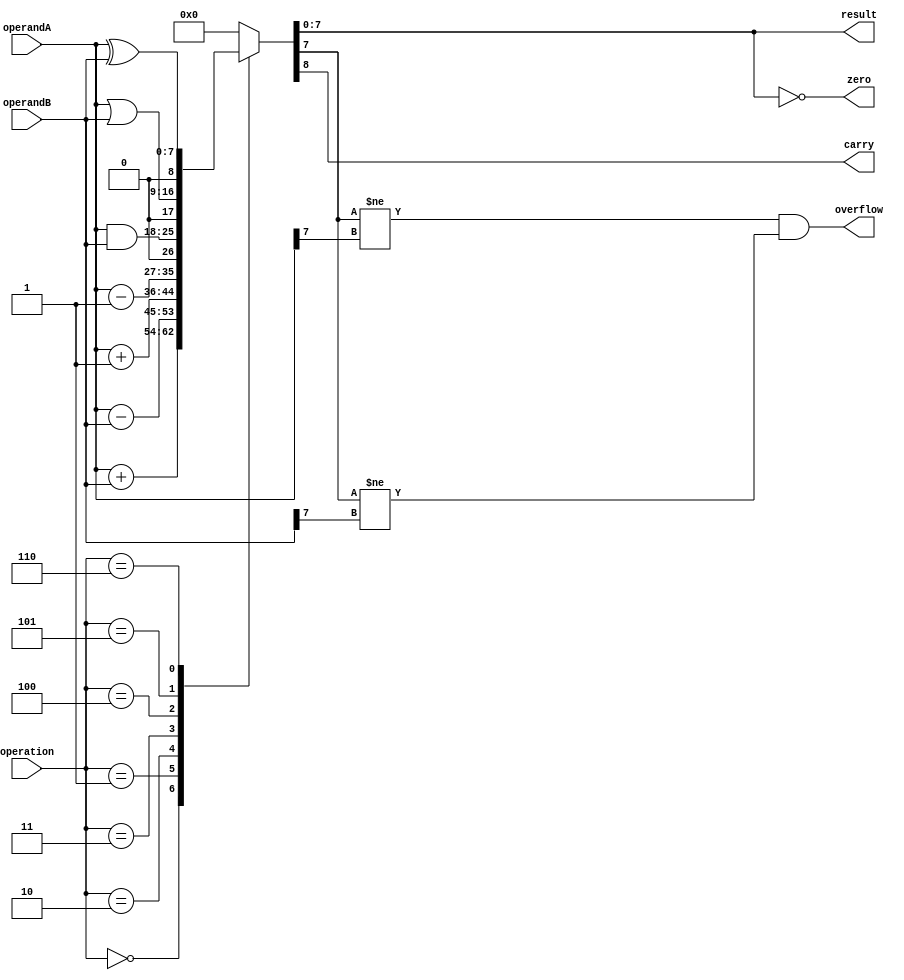
module ALU (
    input [7:0] operandA,
    input [7:0] operandB,
    input [2:0] operation,
    output reg [7:0] result,
    output reg zero,
    output reg carry,
    output reg overflow
);

reg [8:0] tempResult;

always @(*) begin
    case(operation)
        3'b000: tempResult = operandA + operandB; // Add
        3'b001: tempResult = operandA - operandB; // Subtract
        3'b010: tempResult = operandA + 1; // Increment
        3'b011: tempResult = operandA - 1; // Decrement
        3'b100: tempResult = operandA & operandB; // Bitwise AND
        3'b101: tempResult = operandA | operandB; // Bitwise OR
        3'b110: tempResult = operandA ^ operandB; // Bitwise XOR
        default: tempResult = 8'b0;
    endcase
end

always @(tempResult) begin
    result = tempResult[7:0];
    zero = (result == 8'b0);
    carry = tempResult[8];
    overflow = (tempResult[7] != operandA[7] && tempResult[7] != operandB[7]);
end

endmodule